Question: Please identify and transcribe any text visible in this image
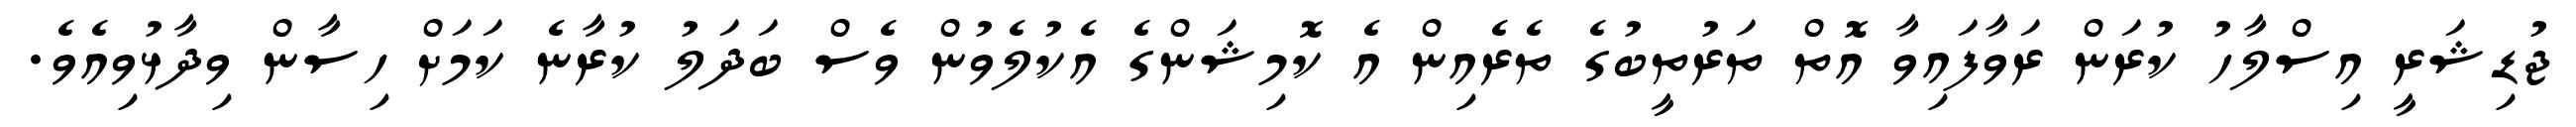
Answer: ޖުޑިޝަރީ އިސްލާހު ކުރަން ރަވާފައިވާ އޮތް ތަރުތީބުގެ ތެރެއިން އެ ކޮމިޝަންގެ އެކުލެވުން ވެސް ބަދަލު ކުރާނެ ކަމަށް ހިސާން ވިދާޅުވިއެވެ.